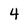
Character: 4